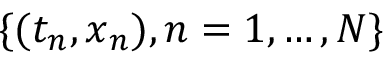
\{ ( t _ { n } , \boldsymbol { x } _ { n } ) , n = 1 , \ldots , N \}